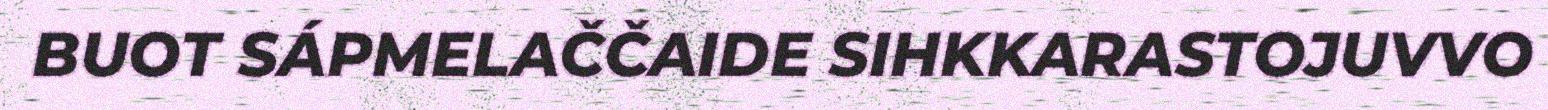
BUOT SÁPMELAČČAIDE SIHKKARASTOJUVVO